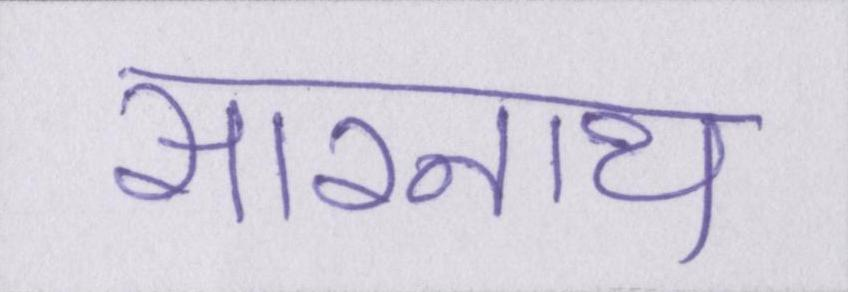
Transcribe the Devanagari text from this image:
सारनाथ